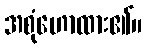
အစုံဟောထား၏။